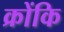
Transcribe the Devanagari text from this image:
क्रोंकि